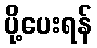
ပို့ပေးရန်